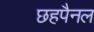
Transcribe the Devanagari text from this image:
छहपैनल